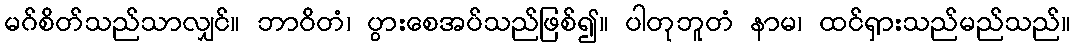
မဂ်စိတ်သည်သာလျှင်။ ဘာဝိတံ၊ ပွားစေအပ်သည်ဖြစ်၍။ ပါတုဘူတံ နာမ၊ ထင်ရှားသည်မည်သည်။